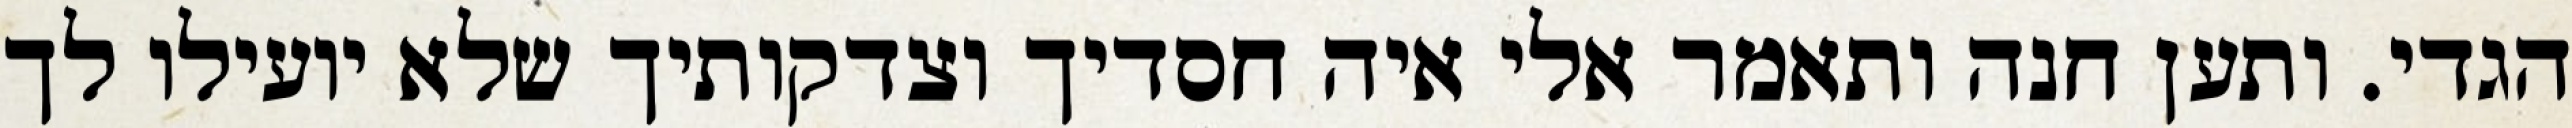
הגדי. ותען חנה ותאמר אלי איה חסדיך וצדקותיך שלא יועילו לך